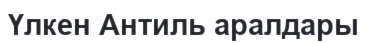
Үлкен Антиль аралдары